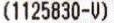
(1125830-V)